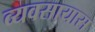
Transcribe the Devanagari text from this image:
व्‍यवसायास